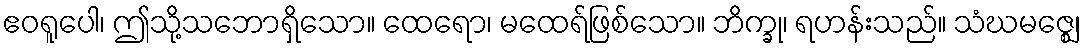
ဧဝရူပေါ၊ ဤသို့သဘောရှိသော။ ထေရော၊ မထေရ်ဖြစ်သော။ ဘိက္ခု၊ ရဟန်းသည်။ သံဃမဇ္ဈေ၊